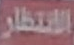
الانتظار